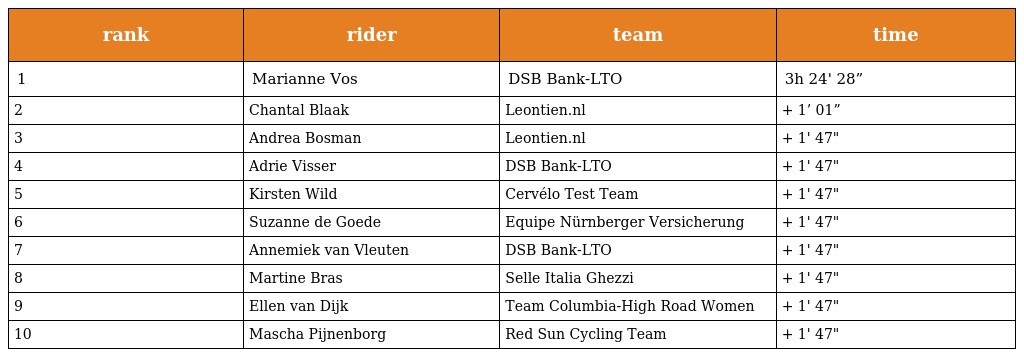
| rank | rider | team | time |
 | --- | --- | --- | --- |
 | 1 | Marianne Vos | DSB Bank-LTO | 3h 24' 28” |
 | 2 | Chantal Blaak | Leontien.nl | + 1’ 01” |
 | 3 | Andrea Bosman | Leontien.nl | + 1' 47" |
 | 4 | Adrie Visser | DSB Bank-LTO | + 1' 47" |
 | 5 | Kirsten Wild | Cervélo Test Team | + 1' 47" |
 | 6 | Suzanne de Goede | Equipe Nürnberger Versicherung | + 1' 47" |
 | 7 | Annemiek van Vleuten | DSB Bank-LTO | + 1' 47" |
 | 8 | Martine Bras | Selle Italia Ghezzi | + 1' 47" |
 | 9 | Ellen van Dijk | Team Columbia-High Road Women | + 1' 47" |
 | 10 | Mascha Pijnenborg | Red Sun Cycling Team | + 1' 47" |